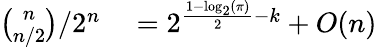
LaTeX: \begin{array}{rl}{{\binom{n}{n/2}}/2^{n}}&{{}=2^{{\frac{1-\log_{2}(\pi)}{2}}-k}+O(n)}\end{array}